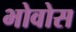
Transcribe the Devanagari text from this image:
भोवोस